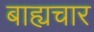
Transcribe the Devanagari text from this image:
बाह्यचार